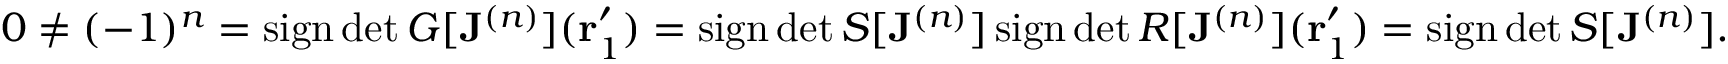
0 \neq ( - 1 ) ^ { n } = \operatorname { s i g n } \det G [ \mathbf { J } ^ { ( n ) } ] ( \mathbf { r } _ { 1 } ^ { \prime } ) = \operatorname { s i g n } \det S [ \mathbf { J } ^ { ( n ) } ] \operatorname { s i g n } \det R [ \mathbf { J } ^ { ( n ) } ] ( \mathbf { r } _ { 1 } ^ { \prime } ) = \operatorname { s i g n } \det S [ \mathbf { J } ^ { ( n ) } ] .